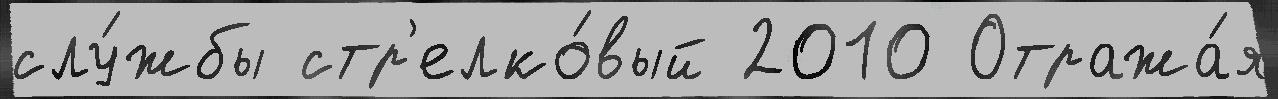
слу́жбы стр'елко́вый 2010 Отража́я